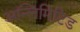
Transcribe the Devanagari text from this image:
अन्लिमिटिड